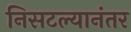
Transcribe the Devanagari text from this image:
निसटल्यानंतर